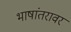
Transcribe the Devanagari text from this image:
भाषांतरावर